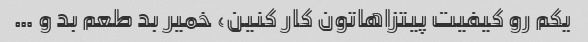
یکم رو کیفیت پیتزاهاتون کار کنین، خمیر بد طعم بد و …